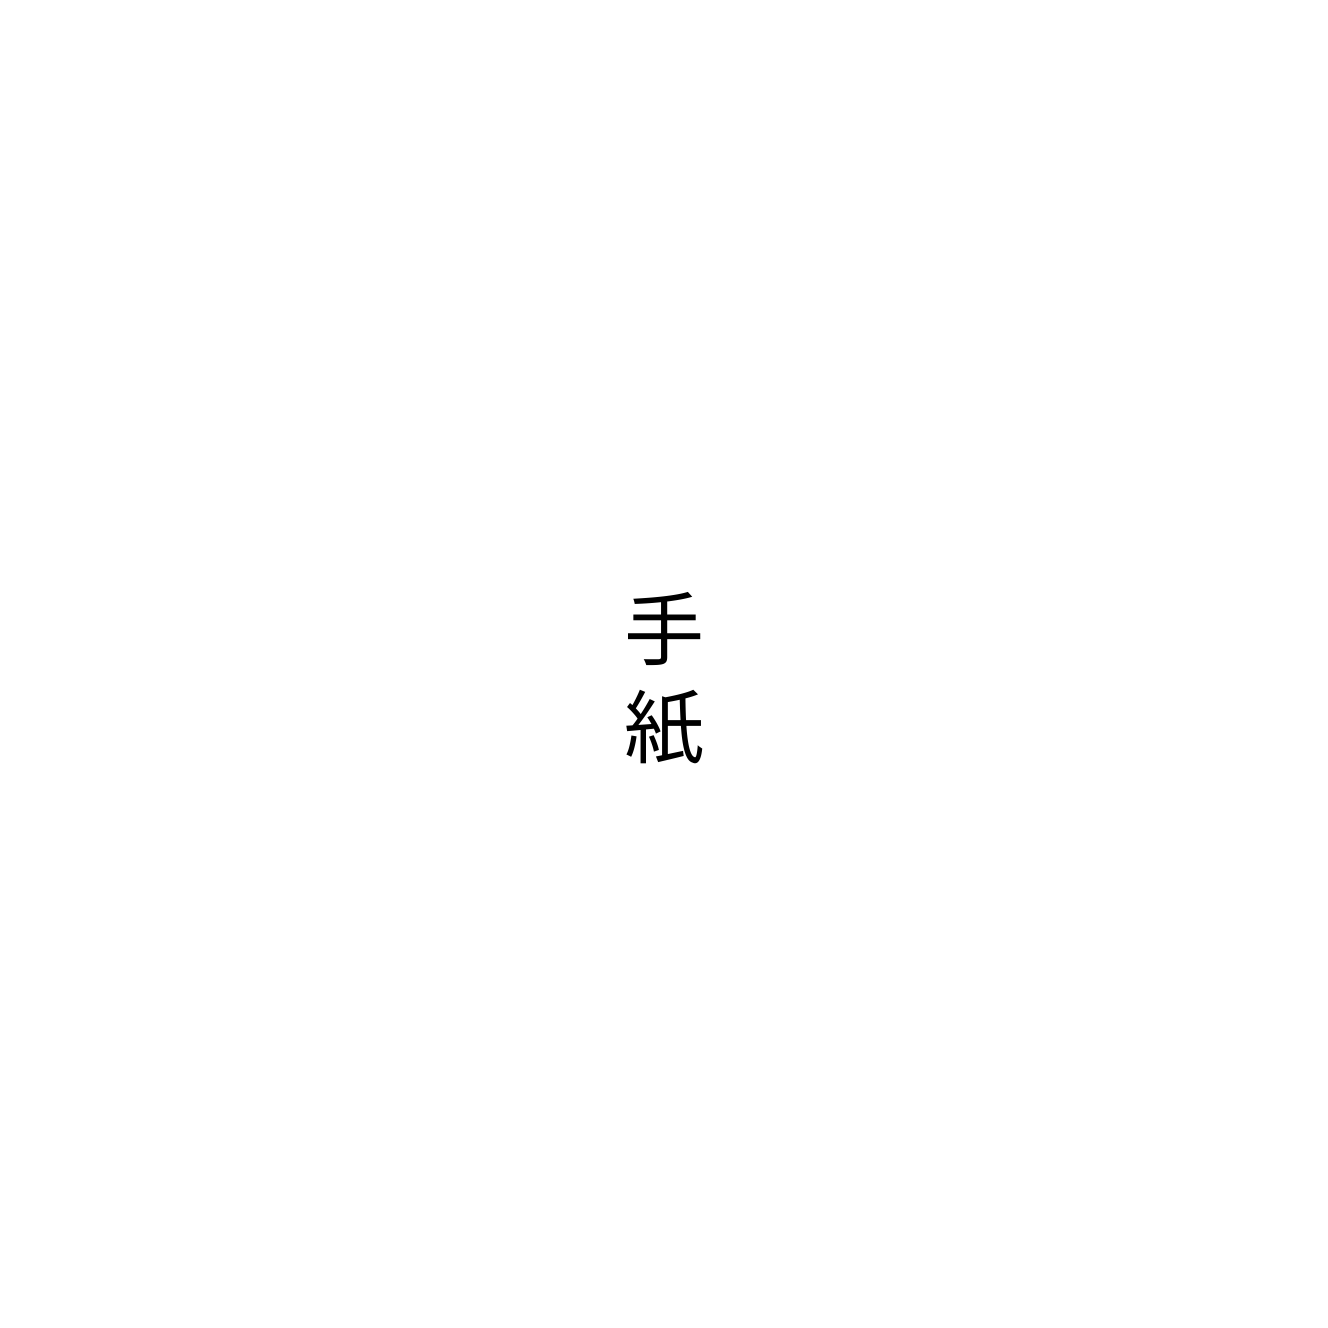
手紙